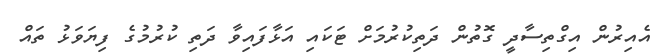
އެއިރުން އިގްތިސާދީ ގޮތުން ދަތިކުރުމަށް ޓަކައި އަޅާފައިވާ ދަތި ކުރުމުގެ ފިޔަވަޅު ތައް